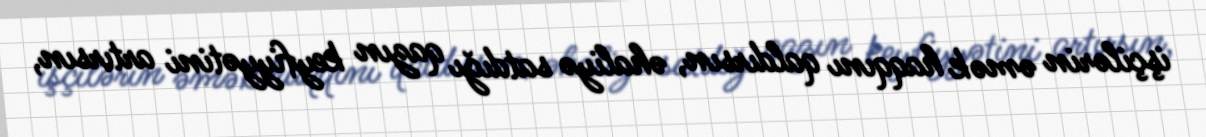
işçilərin əmək haqqını qaldırsın, əhaliyə satdığı qazın keyfiyyətini artırsın,